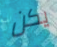
يكن